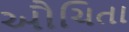
ઔચિતા